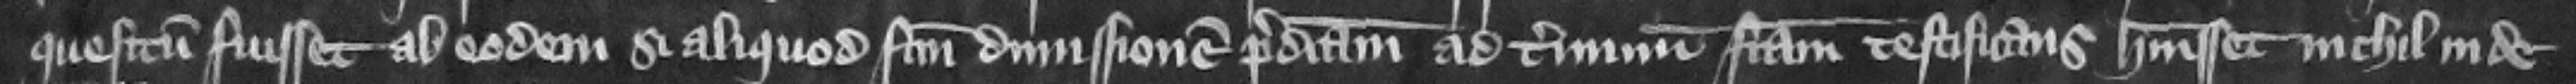
quesitum fuisset ab eodem si aliquod factum dimissionem predictam ad terminum factam testificans habuisset nichil inde